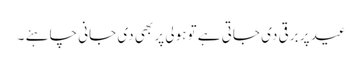
عید پر برقی دی جاتی ہے تو ہولی پر بھی دی جانی چاہئے ۔